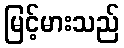
မြင့်မားသည်